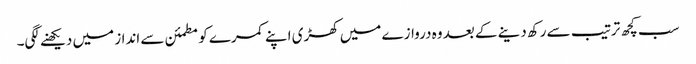
سب کچھ ترتیب سے رکھ دینے کے بعد وہ دروازے میں کھڑی اپنے کمرے کو مطمئن سے انداز میں دیکھنے لگی۔